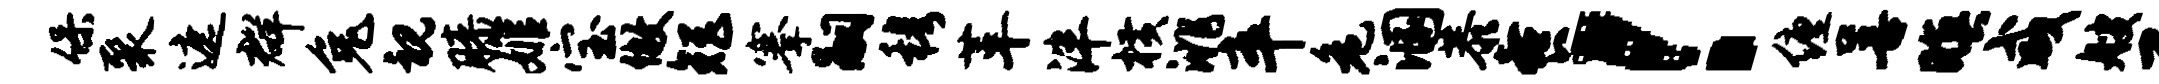
保聚遮群兔视膝姬宝做矩搴嗣穆革泮横洮卒危溷恭餐！缠善暝咸艘己